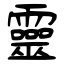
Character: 靈